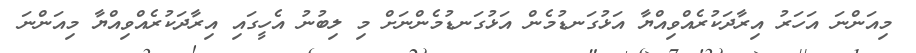
މިއަންނަ އަހަރު އިރާދަކުރެއްވިއްޔާ އަޅުގަނޑުމެން އަޅުގަނޑުމެންނަށް މި ލިބުނު އެހީގައި އިރާދަކުރެއްވިއްޔާ މިއަންނަ